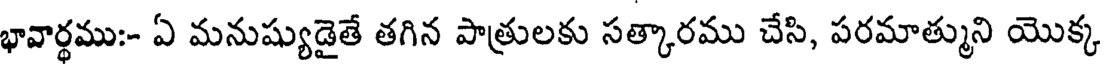
భావార్థము:- ఏ మనుష్యుడైతే తగిన పాత్రులకు సత్కారము చేసి, పరమాత్ముని యొక్క